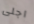
اجلى